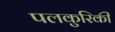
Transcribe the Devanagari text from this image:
पलकुरिकी